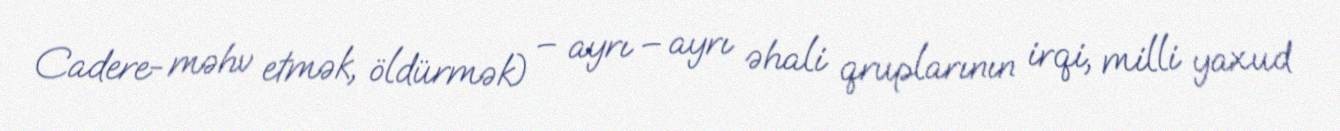
Cadere- məhv etmək, öldürmək) – ayrı – ayrı əhali qruplarının irqi, milli yaxud